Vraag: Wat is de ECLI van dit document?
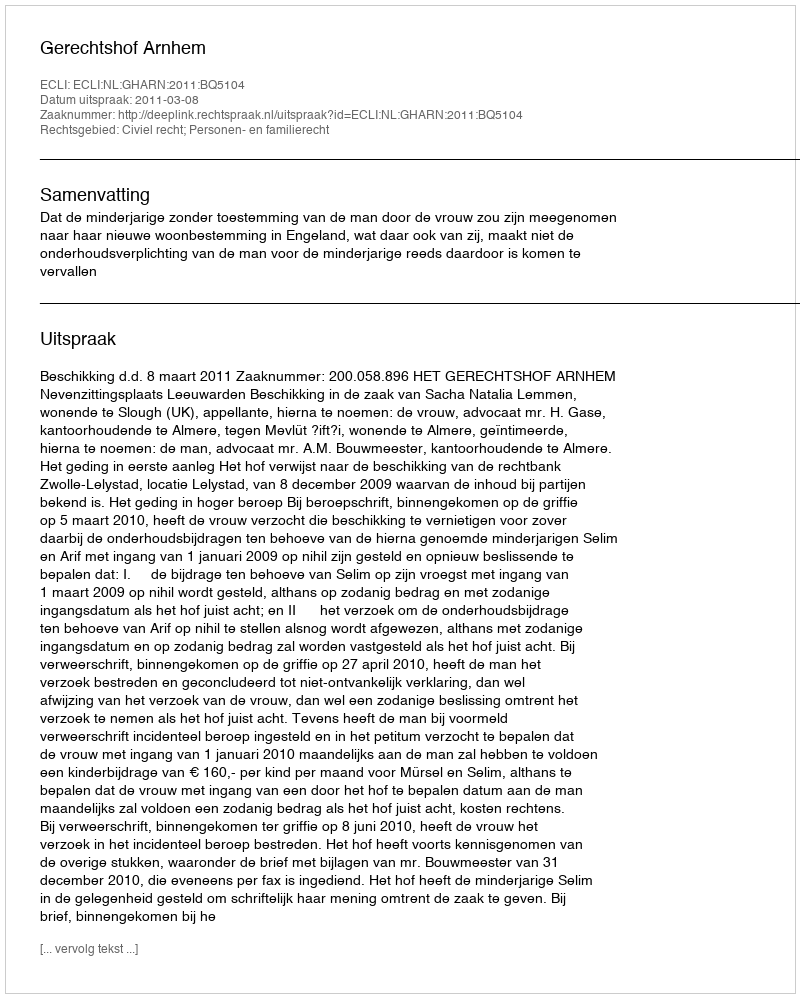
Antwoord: ECLI:NL:GHARN:2011:BQ5104